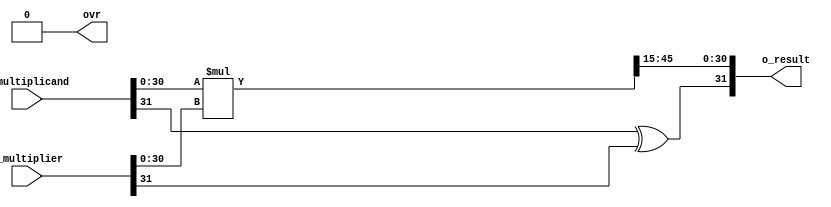
`timescale 1ns / 1ps
//////////////////////////////////////////////////////////////////////////////////
// Company: 
// Engineer: 
// 
// Design Name: 
// Module Name:    q15_mult 
// Project Name: 
// Target Devices: 
// Tool versions: 
// Description: 
//
// Dependencies: 
//
// Revision: 
// Revision 0.01 - File Created
// Additional Comments: 
//
//////////////////////////////////////////////////////////////////////////////////
module qmult #(
	//Parameterized values
	parameter Q = 15,
	parameter N = 32
	)
	(
	 input			[N-1:0]	i_multiplicand,
	 input			[N-1:0]	i_multiplier,
	 output			[N-1:0]	o_result,
	 output	reg				ovr
	 );
	 
	 //	The underlying assumption, here, is that both fixed-point values are of the same length (N,Q)
	 //		Because of this, the results will be of length N+N = 2N bits....
	 //		This also simplifies the hand-back of results, as the binimal point 
	 //		will always be in the same location...
	
	reg [2*N-1:0]	r_result;		//	Multiplication by 2 values of N bits requires a 
											//		register that is N+N = 2N deep...
	reg [N-1:0]		r_RetVal;
	
//--------------------------------------------------------------------------------
	assign o_result = r_RetVal;	//	Only handing back the same number of bits as we received...
											//		with fixed point in same location...
	
//---------------------------------------------------------------------------------
	always @(i_multiplicand, i_multiplier)	begin						//	Do the multiply any time the inputs change
		r_result <= i_multiplicand[N-2:0] * i_multiplier[N-2:0];	//	Removing the sign bits from the multiply - that 
																					//		would introduce *big* errors	
		ovr <= 1'b0;															//	reset overflow flag to zero
		end
	
		//	This always block will throw a warning, as it uses a & b, but only acts on changes in result...
	always @(r_result) begin													//	Any time the result changes, we need to recompute the sign bit,
		r_RetVal[N-1] <= i_multiplicand[N-1] ^ i_multiplier[N-1];	//		which is the XOR of the input sign bits...  (you do the truth table...)
		r_RetVal[N-2:0] <= r_result[N-2+Q:Q];								//	And we also need to push the proper N bits of result up to 
																						//		the calling entity...
		if (r_result[2*N-2:N-1+Q] > 0)										// And finally, we need to check for an overflow
			ovr <= 1'b1;
		end

endmodule